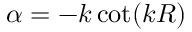
\alpha = - k \cot ( k R )